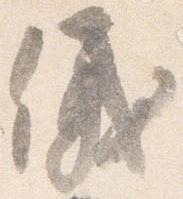
儀